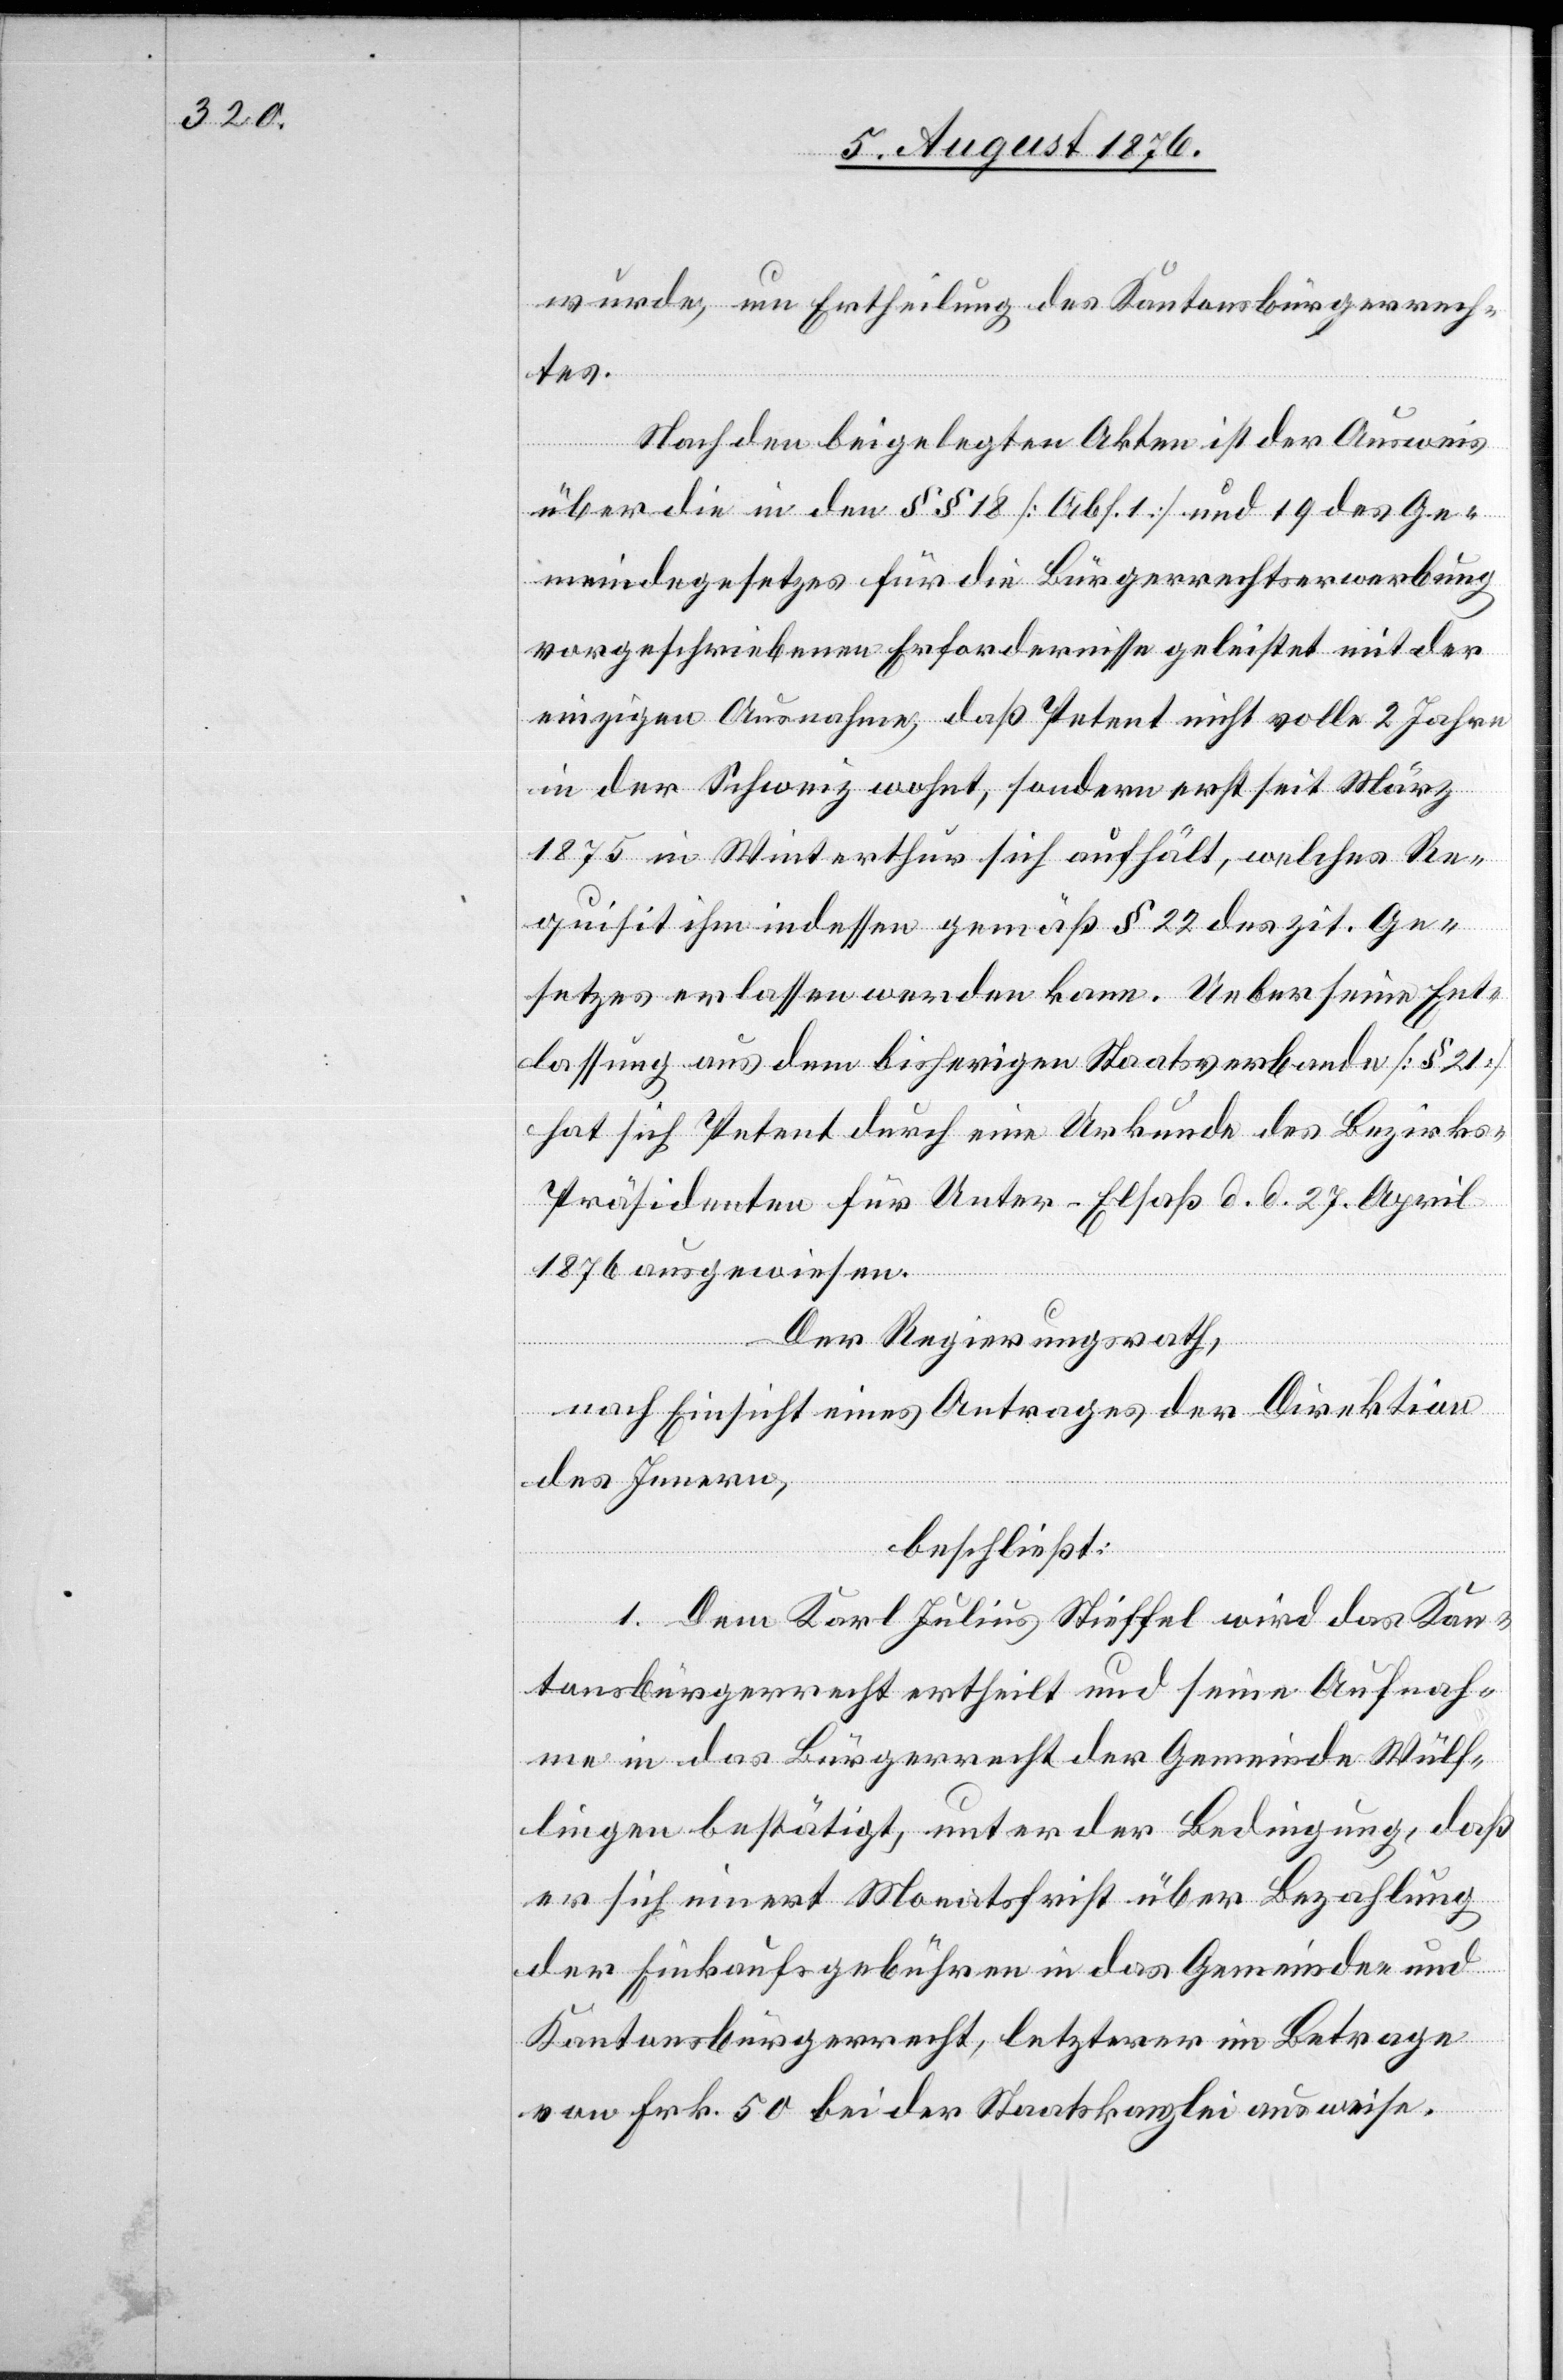
wurde, um Ertheilung des Kantonsbürgerrech¬
tes.
Nach den beigelegten Akten ist der Ausweis
über die in den §§ 18 [Abs. 1] und 19 des Ge¬
meindegesetzes für die Bürgerrechtserwerbung
vorgeschriebenen Erfordernisse geleistet mit der
einzigen Ausnahme, daß Petent nicht volle 2 Jahre
in der Schweiz wohnt, sondern erst seit März
1875 in Winterthur sich aufhält, welches Re¬
quisit ihm indessen gemäß § 22 des zit. Ge¬
setzes erlassen werden kann. Ueber seine Ent¬
lassung aus dem bisherigen Staatsverbande [§ 21]
hat sich Petent durch eine Urkunde des Bezirk¬
s-Präsidenten für Unter-Elsaß d. d. 27. April
1876 ausgewiesen.
Der Regierungsrath,
nach Einsicht eines Antrages der Direktion
des Innern,
beschließt:
1. Dem Karl Julius Stieffel wird das Kan¬
tonsbürgerrecht ertheilt und seine Aufnah¬
me in das Bürgerrecht der Gemeinde Wülf¬
lingen bestätigt, unter der Bedingung, daß
er sich innert Monatsfrist über Bezahlung
der Einkaufsgebühren in das Gemeinde- und
Kantonsbürgerrecht, letzterer im Betrage
von Frk. 50 bei der Staatskanzlei ausweise.